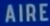
AIRE